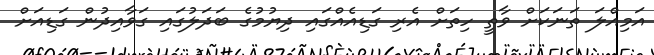
އަމިއްލަ ތަނަކަށް ވާތީ ހިތަށް އެރި ގަޑިއެއްގައި ދިޔުމުގެ ބަދަލުގައި ގަވާއިދުން ގަޑިއަށް